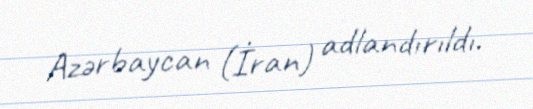
Azərbaycan (İran) adlandırıldı.